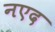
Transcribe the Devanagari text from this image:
नएद